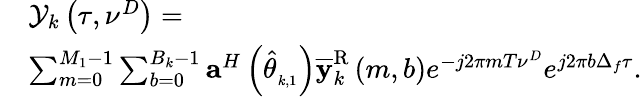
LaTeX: \begin{array}{rl}&{{{\cal Y}_{k}}\left(\tau,{{\nu^{D}}}\right)=}\\ &{\sum_{m=0}^{M_{1}-1}{\sum_{{b}=0}^{{B_{k}-1}}{{{\mathbf a}^{H}}\left({{\hat{\theta}}_{_{k,1}}}\right){{\mathbf{\overline{y}}}_{k}^{\mathrm{R}}}\left({m,{b}}\right)}e^{-j2\pi m{T}{\nu^{D}}}{e^{j2\pi{b}\Delta_{f}\tau}}}.}\end{array}